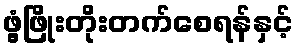
ဖွံ့ဖြိုးတိုးတက်စေရန်နှင့်